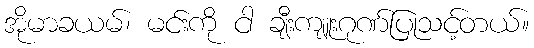
အိုမာခယမ်၊ မင်းကို ငါ ချီးကျူးဂုဏ်ပြုသင့်တယ်။